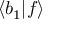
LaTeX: \langle b _ { 1 } | f \rangle